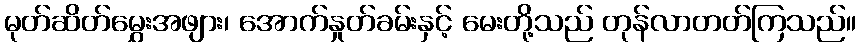
မုတ်ဆိတ်မွှေးအဖျား၊ အောက်နှုတ်ခမ်းနှင့် မေးတို့သည် တုန်လာတတ်ကြသည်။